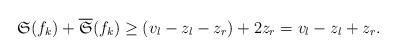
LaTeX: \begin{align*}\mathfrak{S}(f_k)+\overline{\mathfrak{S}}(f_k)\geq (v_l-z_l-z_r)+2z_r=v_l-z_l+z_r.\end{align*}